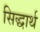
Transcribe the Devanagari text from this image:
सिद्धार्थ